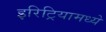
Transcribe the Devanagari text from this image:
इरिट्रियामध्ये